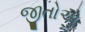
જીતોએ